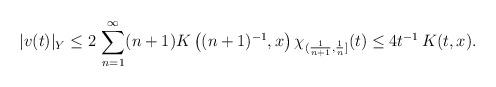
LaTeX: \begin{align*}|v(t)|_Y\leq 2\, \sum_{n=1}^\infty (n+1) K\left((n+1)^{-1},x\right) \chi_{(\frac{1}{n+1},\frac{1}{n}]}(t) \leq 4t^{-1} \, K(t, x) .\end{align*}